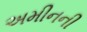
અમીનની